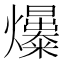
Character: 𤒺